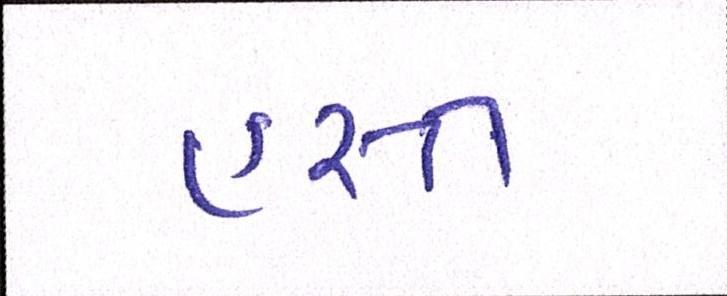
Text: હસ્ત